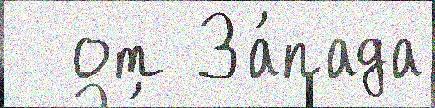
  от За́пада